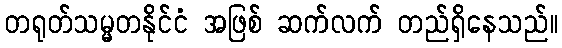
တရုတ်သမ္မတနိုင်ငံ အဖြစ် ဆက်လက် တည်ရှိနေသည်။